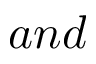
a n d